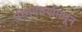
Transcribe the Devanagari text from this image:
मध्यमवर्गामधून